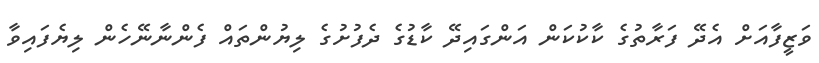
ވަޒީފާއަށް އެދޭ ފަރާތުގެ ކާކުކަން އަންގައިދޭ ކާޑުގެ ދެފުށުގެ ލިޔުންތައް ފެންނާނޭހެން ލިޔެފައިވާ